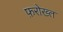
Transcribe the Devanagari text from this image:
फ़रोख्त